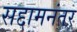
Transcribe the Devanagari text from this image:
सद्दामनंतर